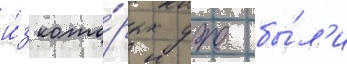
и́з кото́рых уже бы́л'и